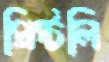
প্রিস্টলি